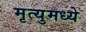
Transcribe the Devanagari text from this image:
मृत्युमध्ये